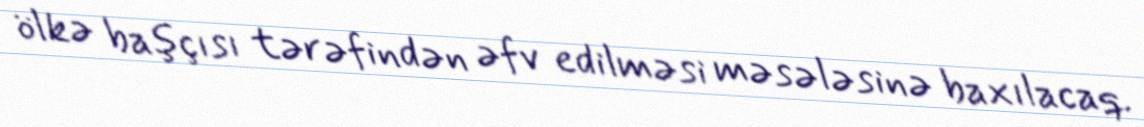
ölkə başçısı tərəfindən əfv edilməsi məsələsinə baxılacaq.